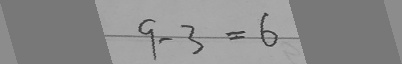
9 - 3 = 6